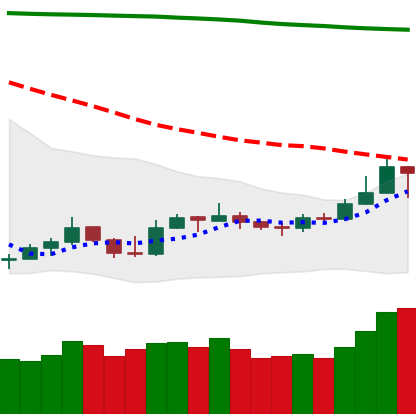
Ticker: LTC-USD
Chart end date: 2019-09-19
Forward return: -27.558%
Label: down_7plus